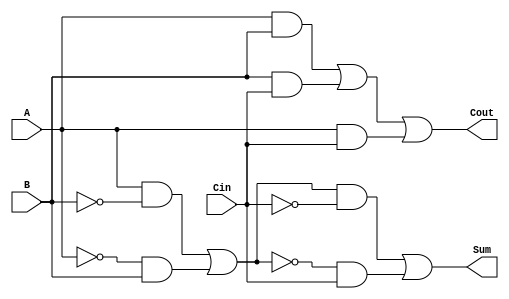
module TransmissionGateFullAdder (
    input wire A,      // First input bit
    input wire B,      // Second input bit
    input wire Cin,    // Carry-in bit
    output wire Sum,   // Sum output
    output wire Cout   // Carry-out output
);

// Intermediate signals for Sum calculation
wire AB_xor;         // A XOR B
wire Sum_temp;       // (A XOR B) XOR Cin

// Intermediate signals for Cout calculation
wire AB_and;         // A AND B
wire BC_and;         // B AND Cin
wire AC_and;         // A AND Cin
wire Cout_temp;      // Intermediate carry-out

// Transmission Gate implementation for Sum
assign AB_xor = (A & ~B) | (~A & B); // A XOR B using transmission gates
assign Sum_temp = (AB_xor & ~Cin) | (~AB_xor & Cin); // (A XOR B) XOR Cin

// Final Sum output
assign Sum = Sum_temp;

// Transmission Gate implementation for Cout
assign AB_and = A & B;               // A AND B
assign BC_and = B & Cin;             // B AND Cin
assign AC_and = A & Cin;             // A AND Cin

// Combine the intermediate products for Cout
assign Cout_temp = AB_and | BC_and | AC_and; // Cout = (A AND B) OR (B AND Cin) OR (A AND Cin)

// Final Cout output
assign Cout = Cout_temp;

endmodule